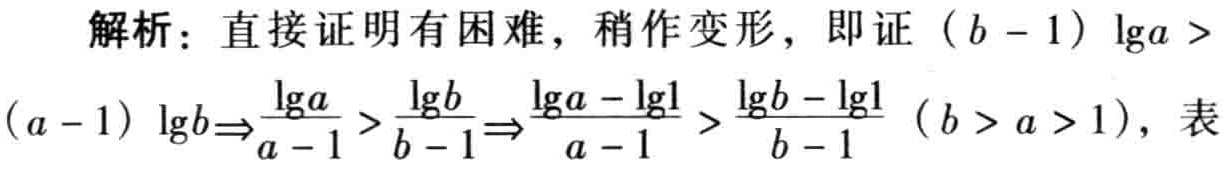
解析：直接证明有困难，稍作变形，即证\((b - 1)\lg a > (a - 1)\lg b\Rightarrow\frac{\lg a}{a - 1}>\frac{\lg b}{b - 1}\Rightarrow\frac{\lg a - \lg1}{a - 1}>\frac{\lg b - \lg1}{b - 1}\ (b > a > 1)\)，表